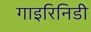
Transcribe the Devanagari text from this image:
गाइरिनिडी